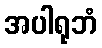
အပါရုဘံ